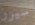
سيرز